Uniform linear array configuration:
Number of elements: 16
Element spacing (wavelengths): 1
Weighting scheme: blackman
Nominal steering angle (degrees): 60
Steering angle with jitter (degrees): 59.958
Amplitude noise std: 0.05
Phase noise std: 0.05

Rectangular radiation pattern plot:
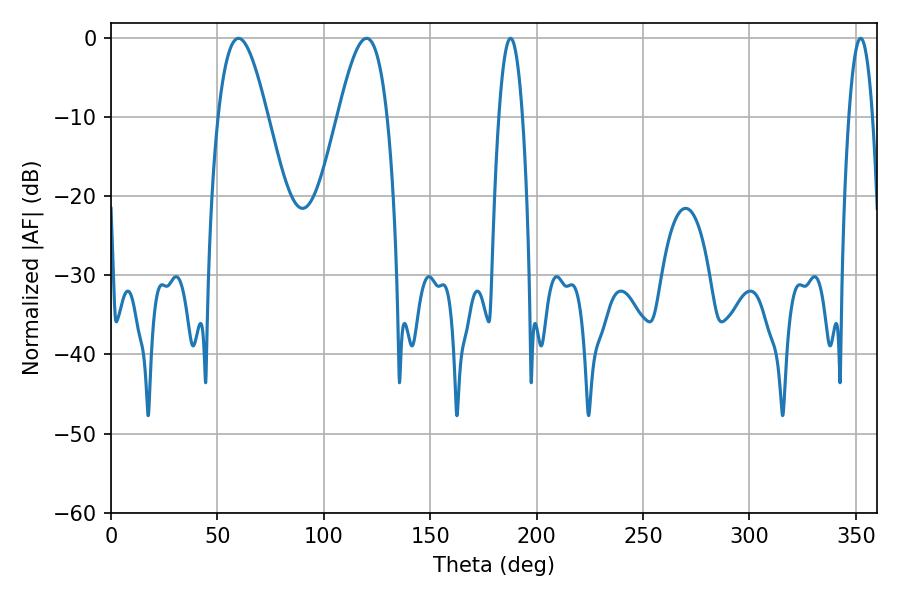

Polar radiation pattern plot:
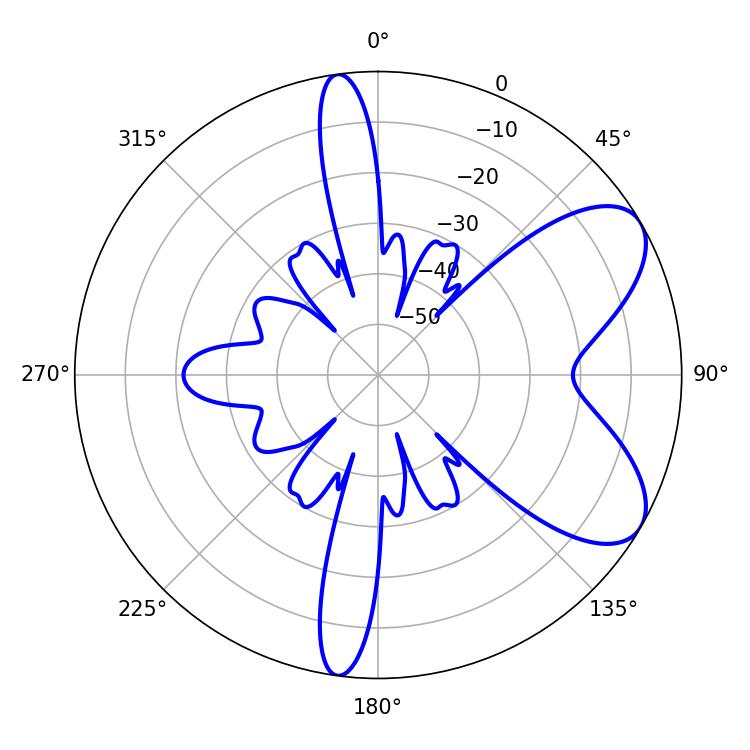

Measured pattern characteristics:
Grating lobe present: TRUE
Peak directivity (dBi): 7.134
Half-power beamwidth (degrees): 6.12
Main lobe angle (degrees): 187.74